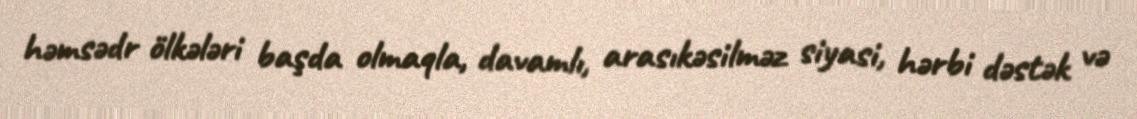
həmsədr ölkələri başda olmaqla, davamlı, arasıkəsilməz siyasi, hərbi dəstək və